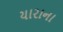
યારાના